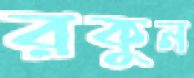
রকুন